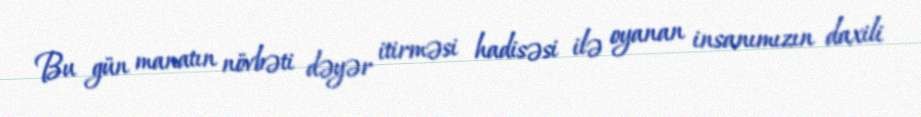
Bu gün manatın növbəti dəyər itirməsi hadisəsi ilə oyanan insanımızın daxili